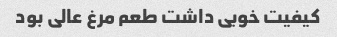
کیفیت خوبی داشت طعم مرغ عالی بود